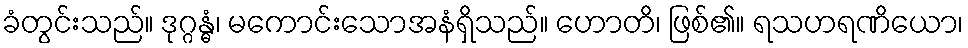
ခံတွင်းသည်။ ဒုဂ္ဂန္ဓံ၊ မကောင်းသောအနံရှိသည်။ ဟောတိ၊ ဖြစ်၏။ ရသဟရဏိယော၊